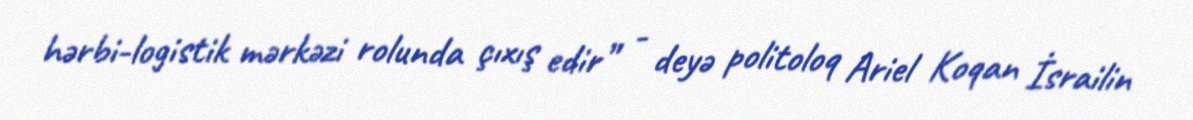
hərbi-logistik mərkəzi rolunda çıxış edir” - deyə politoloq Ariel Koqan İsrailin